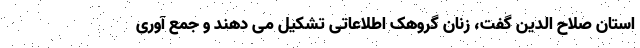
استان صلاح الدین گفت، زنان گروهک اطلاعاتی تشکیل می دهند و جمع آوری